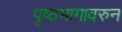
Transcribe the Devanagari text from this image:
पृष्ठभागावरुन